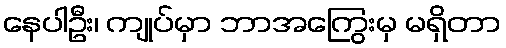
နေပါဦး၊ ကျုပ်မှာ ဘာအကြွေးမှ မရှိတာ